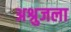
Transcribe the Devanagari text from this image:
अश्रुजला